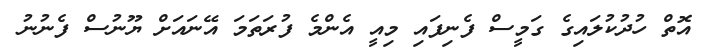
އޮތް ހުދުކުލައިގެ ގަމީސް ފެނިފައި މިއީ އެންމެ ފުރަތަމަ އޭނައަށް ޔޫނުސް ފެނުނު